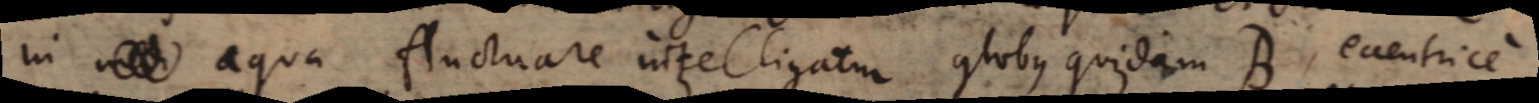
in aqua fluctuare intelligatur globus quidam B, eccentrice